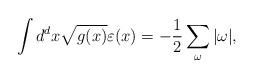
LaTeX: \begin{align*}\int d^dx\sqrt{g(x)}\varepsilon(x)=-\frac{1}{2}\sum_\omega|\omega|,\end{align*}